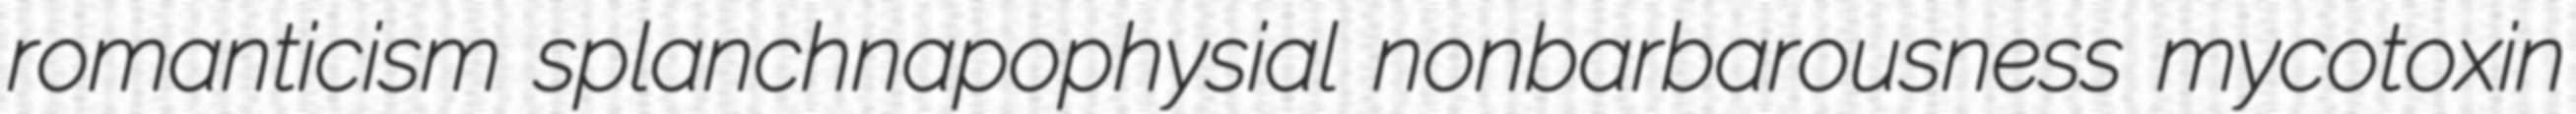
romanticism splanchnapophysial nonbarbarousness mycotoxin